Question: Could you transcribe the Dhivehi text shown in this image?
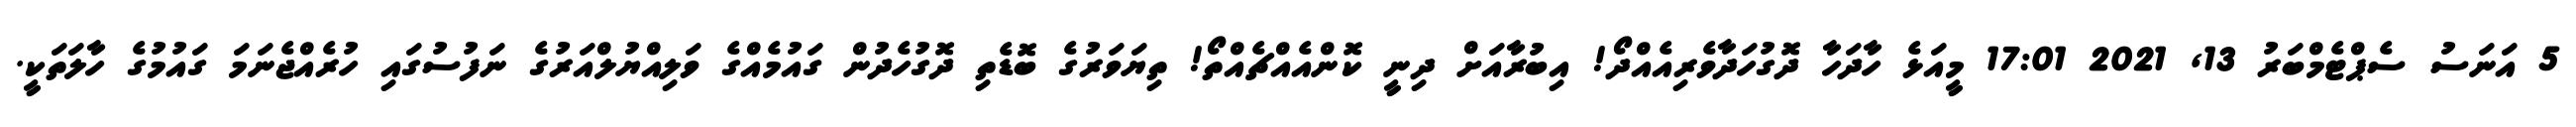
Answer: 5 އަނަސު ސެޕްޓެމްބަރު 13, 2021 17:01 މީއަޅެ ހާދަހާ ދޮގުހަދާވެރިއެއްދޯ! އިބުރާއަށް ދިނީ ކޮންއެއްޗެއްތޯ! ތިޔަވަރުގެ ބޮޑެތި ދޮގުހެދުން ގައުމެއްގެ ވަލިއްޔުލްއަރުގެ ނަފުސުގައި ހުރެއްޖެނަމަ ގައުމުގެ ހާލަތަކީ.